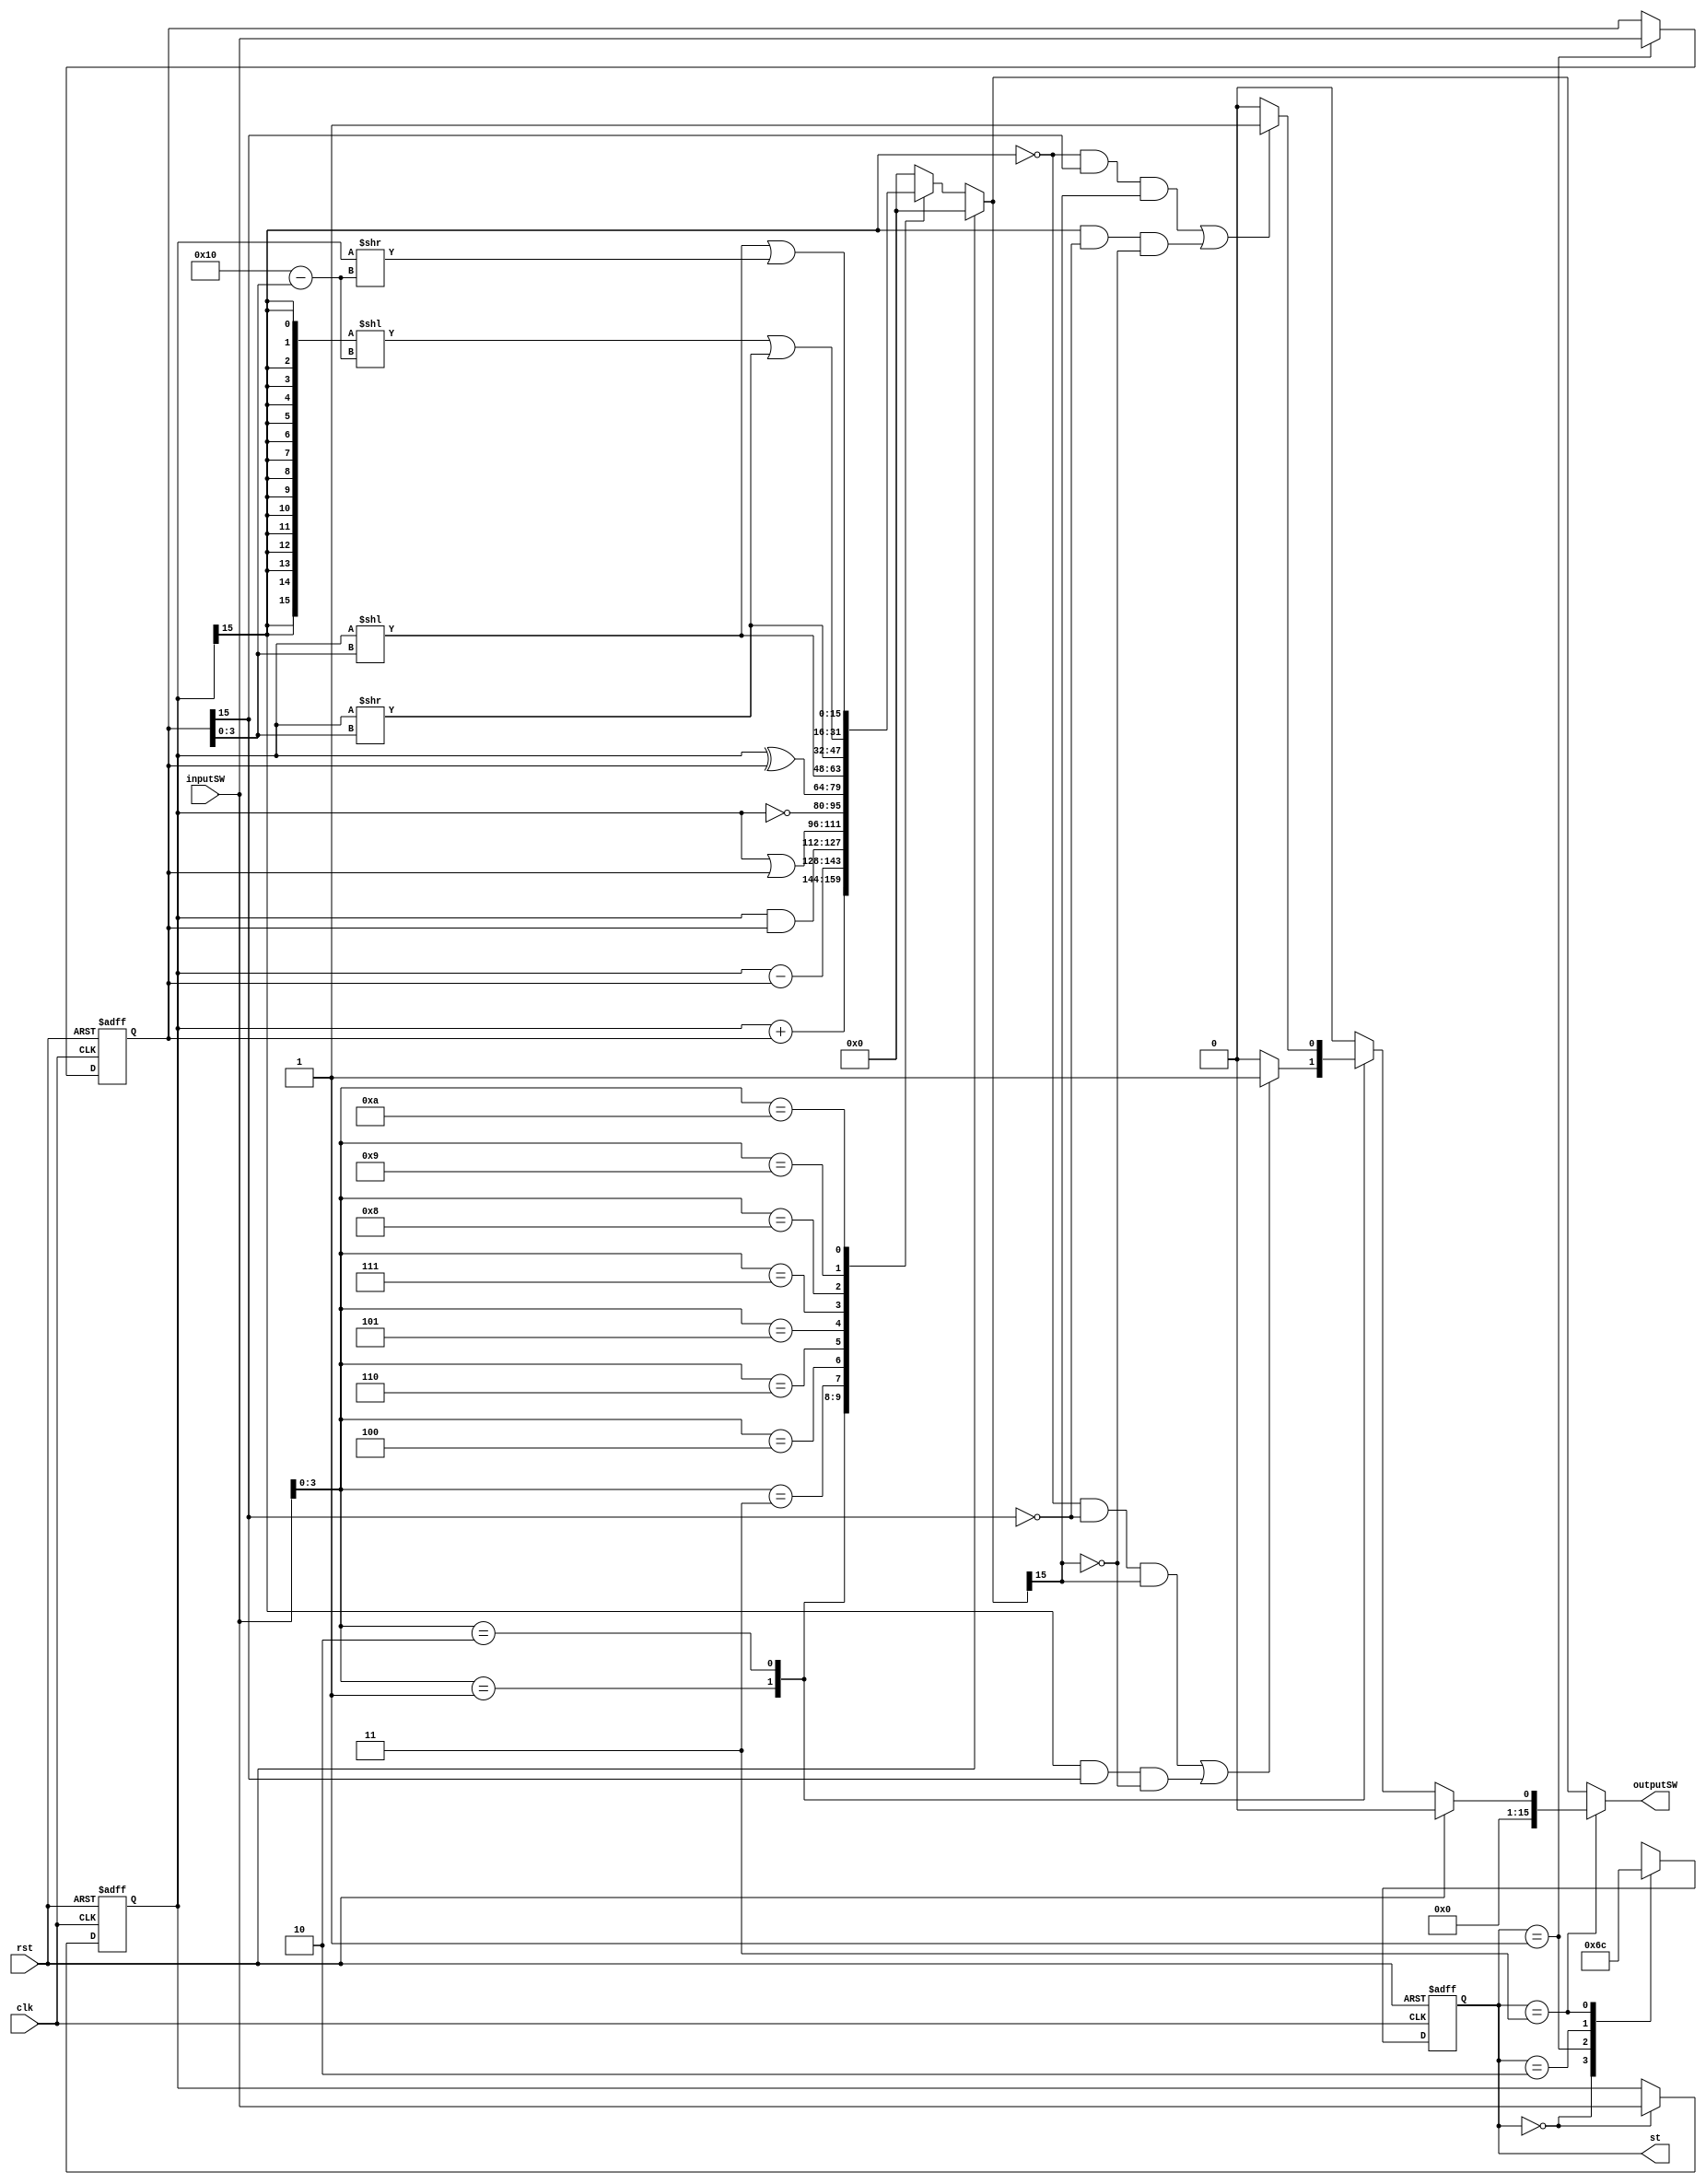
`define ST_0 2'b00
`define ST_1 2'b01
`define ST_2 2'b10
`define ST_3 2'b11

`define O_ADD 4'h1
`define O_SUB 4'h2
`define O_AND 4'h3
`define O_OR 4'h4
`define O_XOR 4'h5
`define O_NOT 4'h6
`define O_SLL 4'h7
`define O_SRL 4'h8
`define O_SRA 4'h9
`define O_ROL 4'ha

module automata(
    input wire clk,
    input wire rst,
    input wire[15:0] inputSW,
    output reg[15:0] outputSW,
    output wire[1:0] st
);
    reg[1:0] state;
    reg[15:0] inputA, inputB;
    reg[3:0]  op;
    
    reg[15:0] res;
    reg flag;
    
    assign st = state;

    always @ (posedge clk or posedge rst) begin
        if (rst == 1'b1) begin
            state <= `ST_0;
            inputA <= 16'h0000;
            inputB <= 16'h0000;
        end else begin
            case (state)
                `ST_0 : begin
                    state <= `ST_1;
                    inputA <= inputSW;
                end
                `ST_1 : begin
                    state <= `ST_2;
                    inputB <= inputSW;
                end
                `ST_2 : begin
                    state <= `ST_3;
                 end
                `ST_3 : begin
                    state <= `ST_0;
                end
                default: begin
                	state <= `ST_0;
            		inputA <= 16'h0000;
            		inputB <= 16'h0000;
            	end
            endcase
        end
    end
    
    always @ (*) begin
    	op <= inputSW[3:0];
    	if (state == `ST_3) begin
    		outputSW <= {15'd0, flag};
    	end else begin
    		outputSW <= res;
    	end
    end
    
    always @ (*) begin
        if (rst == 1'b1) begin
            flag <= 1'b0;
            res <= 16'h0000;
        end else begin
        	flag <= 1'b0;
        	case (op)
        		`O_ADD: begin
        			res <= inputA + inputB;
        			if (((!inputA[15] && !inputB[15]) && res[15]) || ((inputA[15] && inputB[15]) && !res[15])) begin
        				flag <= 1'b1;
        			end
        		end
        		`O_SUB: begin
        		    res <= inputA - inputB;
        		    if (((!inputA[15] && inputB[15]) && res[15]) || ((inputA[15] && !inputB[15]) && !res[15])) begin
        				flag <= 1'b1;
        			end
        		end
        		`O_AND: begin
        		    res <= inputA & inputB;
        		end
        		`O_OR: begin
        		    res <= inputA | inputB;
        		end
        		`O_NOT: begin
        		    res <= ~inputA;
        		end
        		`O_XOR: begin
        		    res <= inputA ^ inputB;
        		end
        		`O_SLL: begin
        		    res <= inputA << inputB[3:0];
        		end
        		`O_SRL: begin
        		    res <= inputA >> inputB[3:0];
        		end
        		`O_SRA: begin
        		    res <= ({16{inputA[15]}} << (5'd16 - {1'b0, inputB[3:0]}))
        		    		| inputA >> inputB[3:0];
        		end
        		`O_ROL: begin
        			res <= inputA << inputB[3:0] 
        					| (inputA >> (5'd16 - {1'b0, inputB[3:0]}));
        		end
        		default: begin
            		res <= 16'h0000;
            	end
        	endcase
        end
    end
endmodule